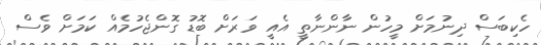
ހެކިބަސް ދިނުމަށް މީހުން ނާންނާތީ އެއީ ވަރަށް ބޮޑު ގޮންޖެހުމެއް ކަމަށް ވެސް